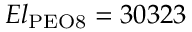
E l _ { \mathrm { P E O 8 } } = 3 0 3 2 3